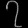
Digit: ၇